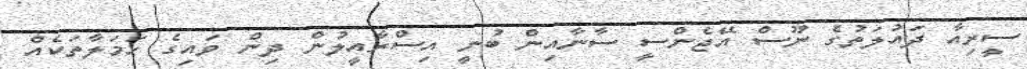
ސީރިއާ ދައުލަތުގެ ނޫސް އޭޖެންސީ ސާނާއިން ބުނީ އިސްރާއީލުން ދިން ވައިގެ ހަމަލާތަކެއް